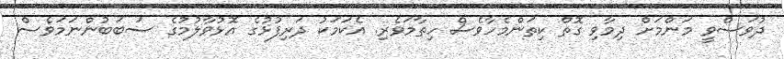
ދުވަސްވީ މަންމަށް ދިމާވި ގޮތް ކިތަންމެހާވެސް ހިތާމަވެރި. އެކަމަކު ދަރިފުޅުގެ އޮޅުވާލުމުގެ ސަބަބުންނަމަވެސް